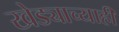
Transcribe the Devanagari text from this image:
खेड्याच्याही